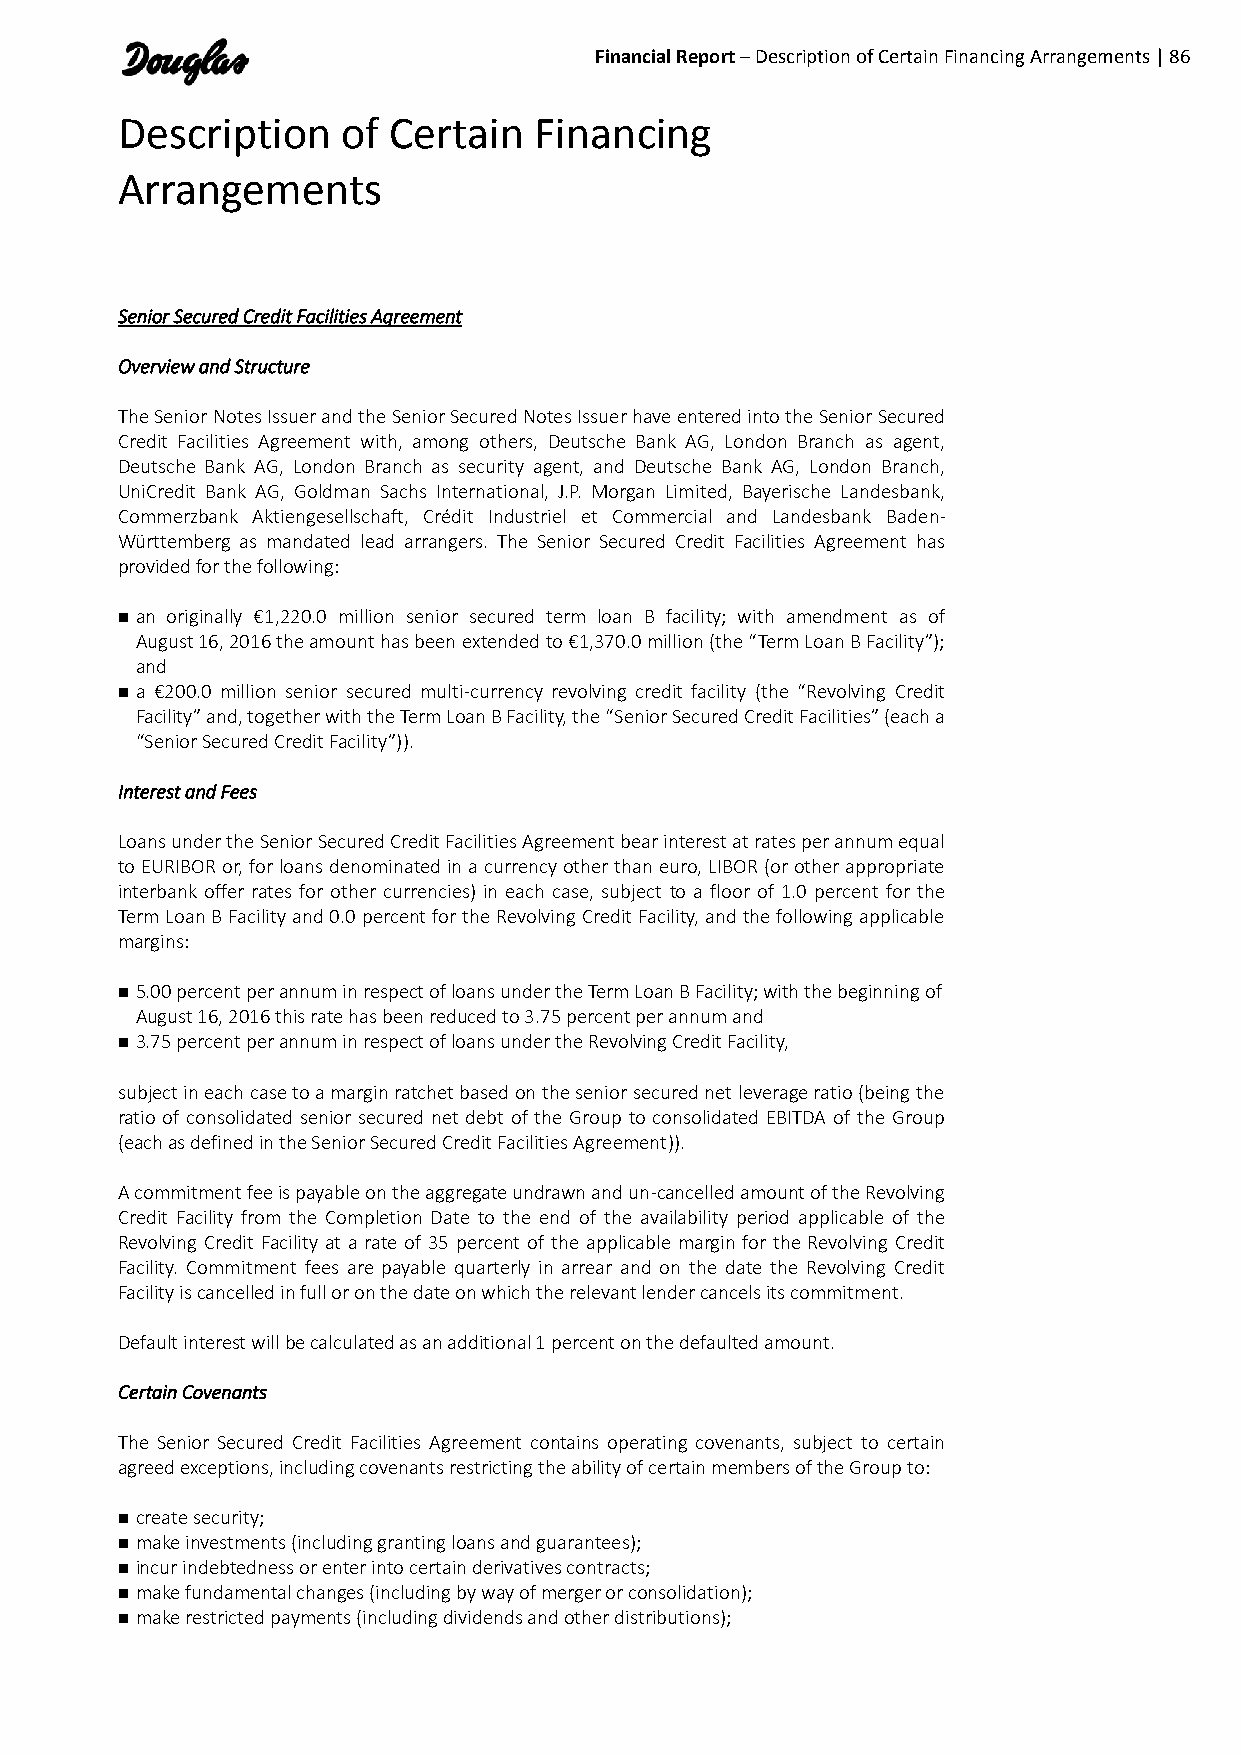
Financial Report – Description of Certain Financing Arrangements | 86
 Description    of Certain  Financing
 Arrangements
 Senior Secured Credit Facilities Agreement
 Overview and Structure
 The Senior Notes Issuer and the Senior Secured Notes Issuer have entered into the Senior Secured
 Credit Facilities Agreement with, among others, Deutsche Bank AG, London Branch as agent,
 Deutsche Bank AG, London Branch as security agent, and Deutsche Bank AG, London Branch,
 UniCredit Bank AG, Goldman Sachs International, J.P. Morgan Limited, Bayerische Landesbank,
 Commerzbank Aktiengesellschaft, Crédit Industriel et Commercial and Landesbank Baden-
 Württemberg as mandated lead arrangers. The Senior Secured Credit Facilities Agreement has
 provided for the following:
  an originally €1,220.0 million senior secured term loan B facility; with amendment as of
 August 16, 2016 the amount has been extended to €1,370.0 million (the “Term Loan B Facility”);
 and
  a €200.0 million senior secured multi-currency revolving credit facility (the “Revolving Credit
 Facility” and, together with the Term Loan B Facility, the “Senior Secured Credit Facilities” (each a
 “Senior Secured Credit Facility”)).
 Interest and Fees
 Loans under the Senior Secured Credit Facilities Agreement bear interest at rates per annum equal
 to EURIBOR or, for loans denominated in a currency other than euro, LIBOR (or other appropriate
 interbank offer rates for other currencies) in each case, subject to a floor of 1.0 percent for the
 Term Loan B Facility and 0.0 percent for the Revolving Credit Facility, and the following applicable
 margins:
  5.00 percent per annum in respect of loans under the Term Loan B Facility; with the beginning of
 August 16, 2016 this rate has been reduced to 3.75 percent per annum and
  3.75 percent per annum in respect of loans under the Revolving Credit Facility,
 subject in each case to a margin ratchet based on the senior secured net leverage ratio (being the
 ratio of consolidated senior secured net debt of the Group to consolidated EBITDA of the Group
 (each as defined in the Senior Secured Credit Facilities Agreement)).
 A commitment fee is payable on the aggregate undrawn and un-cancelled amount of the Revolving
 Credit Facility from the Completion Date to the end of the availability period applicable of the
 Revolving Credit Facility at a rate of 35 percent of the applicable margin for the Revolving Credit
 Facility. Commitment fees are payable quarterly in arrear and on the date the Revolving Credit
 Facility is cancelled in full or on the date on which the relevant lender cancels its commitment.
 Default interest will be calculated as an additional 1 percent on the defaulted amount.
 Certain Covenants
 The Senior Secured Credit Facilities Agreement contains operating covenants, subject to certain
 agreed exceptions, including covenants restricting the ability of certain members of the Group to:
  create security;
  make investments (including granting loans and guarantees);
  incur indebtedness or enter into certain derivatives contracts;
  make fundamental changes (including by way of merger or consolidation);
  make restricted payments (including dividends and other distributions);